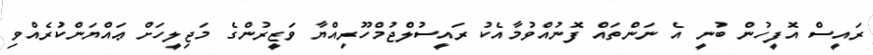
ރައީސް އޮފީހުން ބުނީ އެ ނަންތައް ފޮނުއްވުމާއެކު ރައީސުލްޖުމްހޫރިއްޔާ ވަޒީރުންގެ މަޖިލީހަށް ޢައްޔަންކުރެއްވި